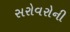
સરોવરોની